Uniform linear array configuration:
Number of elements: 48
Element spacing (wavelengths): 1
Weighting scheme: hamming
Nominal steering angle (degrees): -45
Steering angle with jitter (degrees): -46.63
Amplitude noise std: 0.05
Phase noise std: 0.05

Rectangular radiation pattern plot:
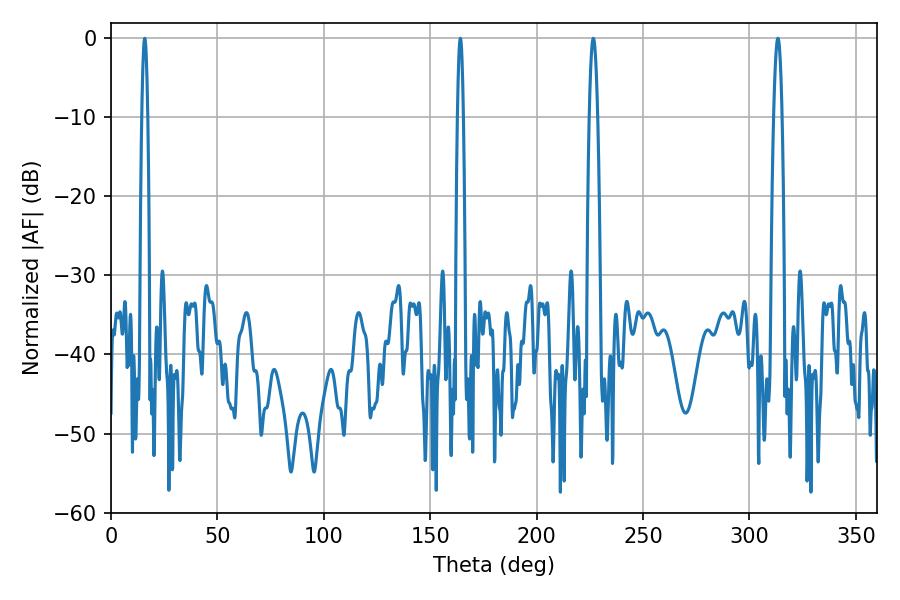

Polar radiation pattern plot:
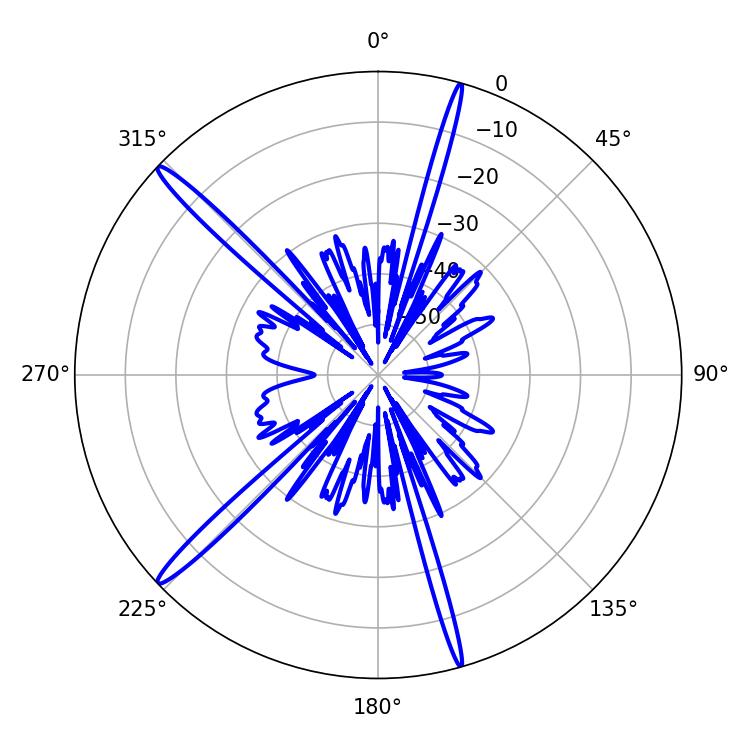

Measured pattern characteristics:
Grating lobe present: TRUE
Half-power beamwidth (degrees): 1.44
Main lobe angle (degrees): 15.84